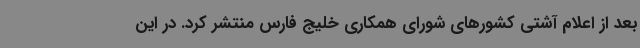
بعد از اعلام آشتی کشورهای شورای همکاری خلیج فارس منتشر کرد. در این